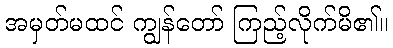
အမှတ်မထင် ကျွန်တော် ကြည့်လိုက်မိ၏။